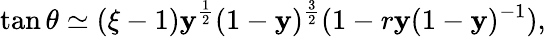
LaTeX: \tan\theta\simeq(\xi-1)\mathbf{y}^{\frac{{1}}{{2}}}(1-\mathbf{y})^{\frac{{3}}{{2}}}(1-r\mathbf{y}(1-\mathbf{y})^{-1}),